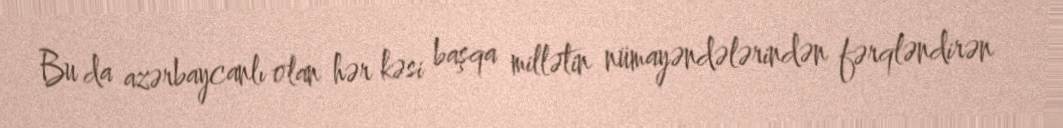
Bu da azərbaycanlı olan hər kəsi başqa millətin nümayəndələrindən fərqləndirən